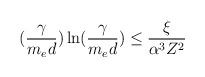
\begin{align*}(\frac{\gamma}{m_ed})\ln(\frac{\gamma}{m_ed}) \leq \frac{\xi}{\alpha^3 Z^2}\end{align*}